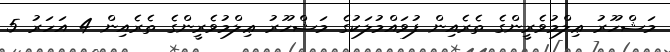
މަޝްހޫރު ޢިލްމުވެރީންގެ ތެރެއިން ފުވައްމުލަކުގެ މަޝްހޫރު ޢިލްމުވެރީންގެ ތެރެއިން 4 އަހަރު 5